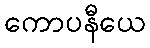
ကောပနီယေ